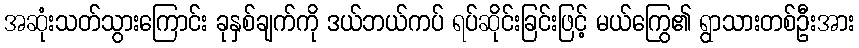
အဆုံးသတ်သွားကြောင်း ခုနှစ်ချက်ကို ဒယ်ဘယ်ကပ် ရပ်ဆိုင်းခြင်းဖြင့် မယ်ကြွေ၏ ရွာသားတစ်ဦးအား